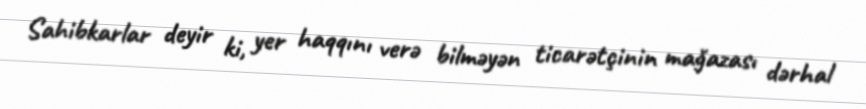
Sahibkarlar deyir ki, yer haqqını verə bilməyən ticarətçinin mağazası dərhal